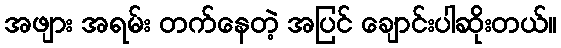
အဖျား အရမ်း တက်နေတဲ့ အပြင် ချောင်းပါဆိုးတယ်။